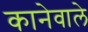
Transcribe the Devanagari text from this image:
कानेवाले